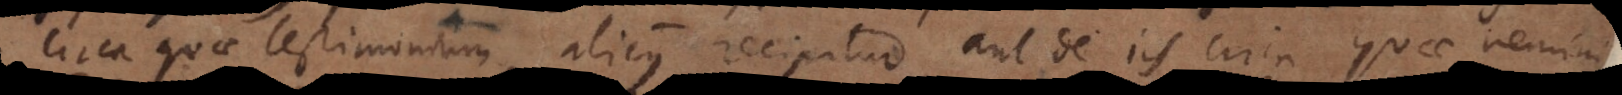
circa quae testimonium alicujus recipitur, aut de iis circa quae nemini